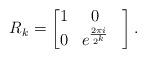
LaTeX: \begin{align*}R_k=\begin{bmatrix} 1 & 0 \\ 0 & e^{\frac{2\pi i}{2^k}} & \end{bmatrix}. \end{align*}